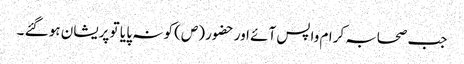
جب صحابہ کرام واپس آئے اور حضور (ص) کو نہ پا یا تو پریشان ہو گئے ۔